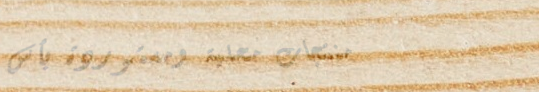
منتجات محلية ومستوردة بأس